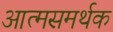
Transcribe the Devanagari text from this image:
आत्मसमर्थक